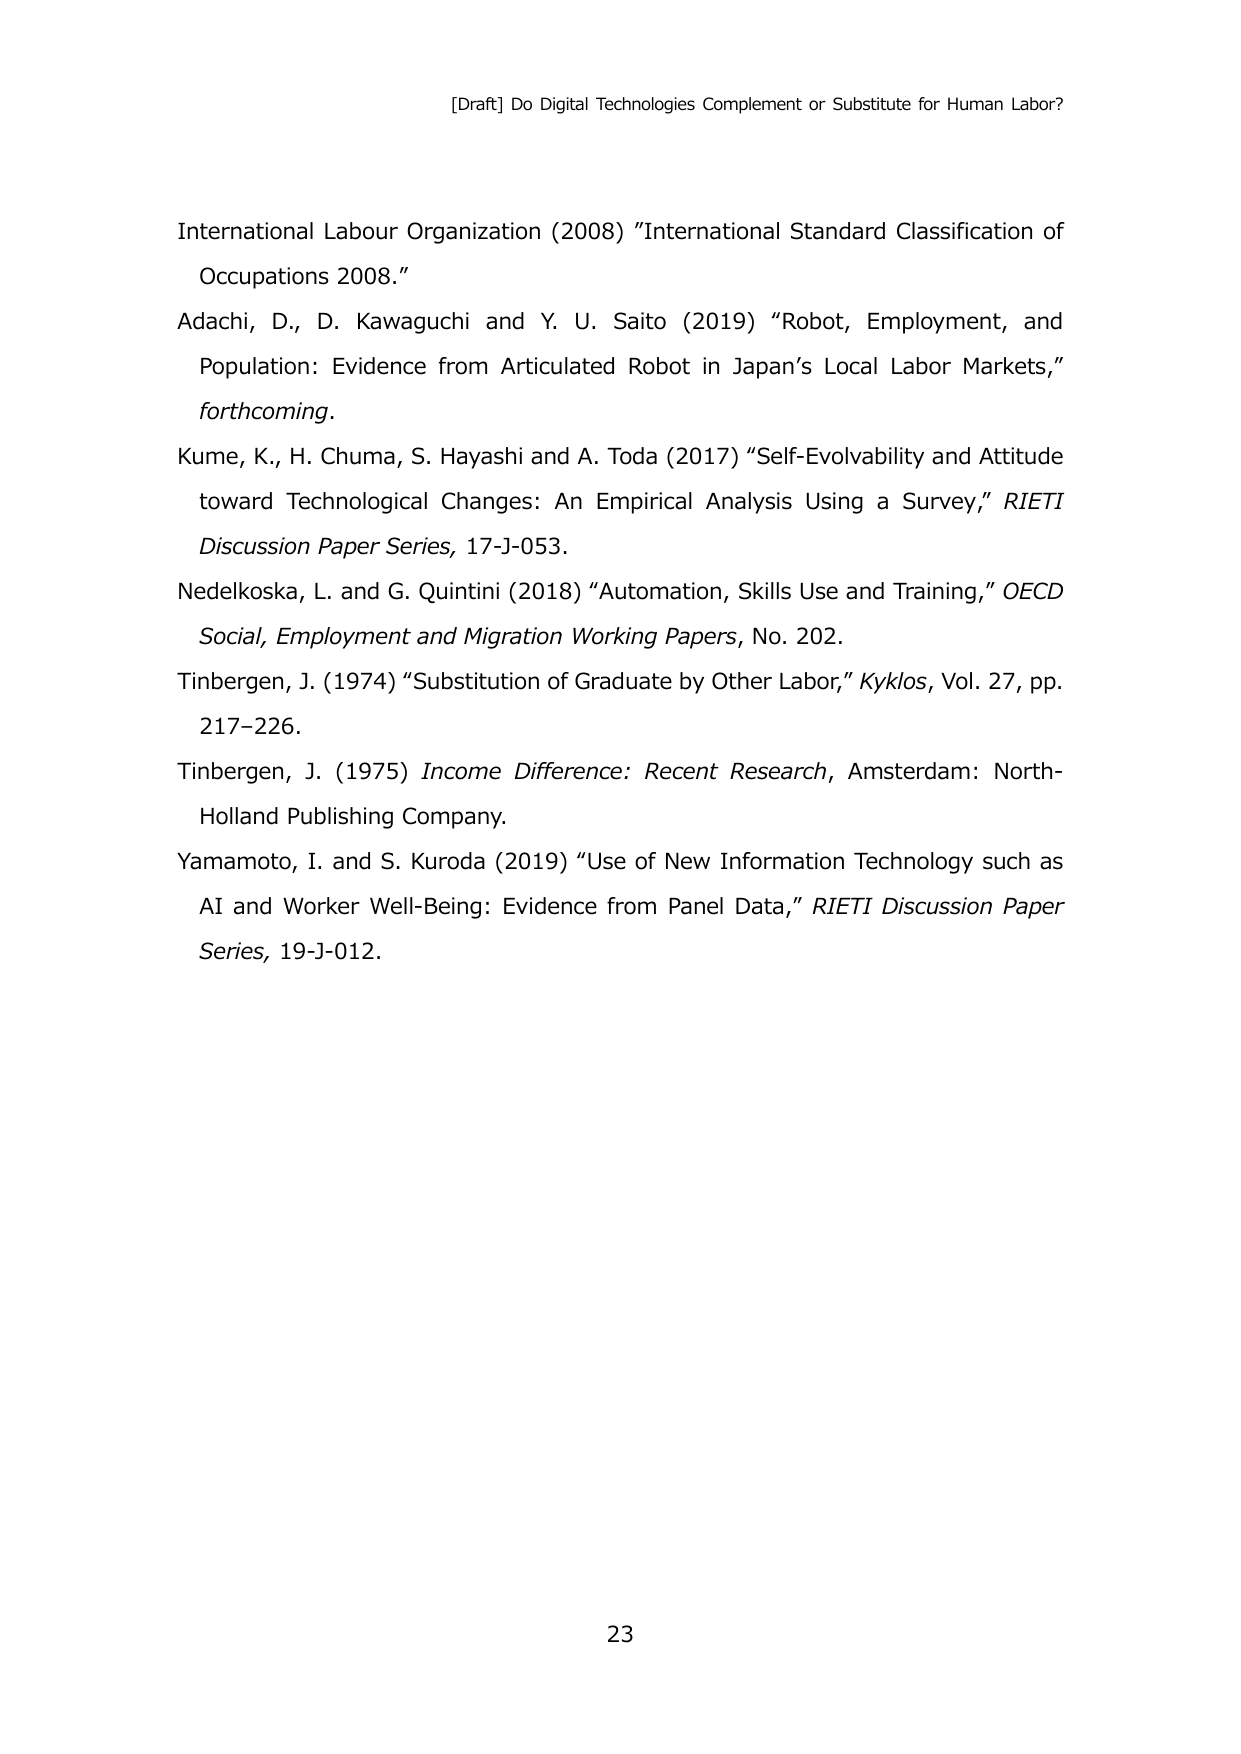
[Draft] Do Digital Technologies Complement or Substitute for Human Labor?

International Labour Organization (2008) "International Standard Classification of Occupations 2008."

Adachi, D., D. Kawaguchi and Y. U. Saito (2019) "Robot, Employment, and Population: Evidence from Articulated Robot in Japan’s Local Labor Markets," forthcoming.

Kume, K., H. Chuma, S. Hayashi and A. Toda (2017) "Self-Evolvability and Attitude toward Technological Changes: An Empirical Analysis Using a Survey," RIETI Discussion Paper Series, 17-J-053.

Nedelkoska, L. and G. Quintini (2018) "Automation, Skills Use and Training," OECD Social, Employment and Migration Working Papers, No. 202.

Tinbergen, J. (1974) "Substitution of Graduate by Other Labor," Kyklos, Vol. 27, pp. 217–226.

Tinbergen, J. (1975) Income Difference: Recent Research, Amsterdam: North-Holland Publishing Company.

Yamamoto, I. and S. Kuroda (2019) "Use of New Information Technology such as AI and Worker Well-Being: Evidence from Panel Data," RIETI Discussion Paper Series, 19-J-012.

23